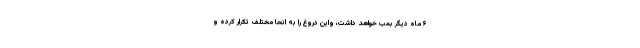
۶ ماه دیگر بمب خواهد داشت، واین دروغ را به انحا مختلف تکرار کرده و